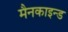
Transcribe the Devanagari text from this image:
मैनकाइन्ड